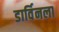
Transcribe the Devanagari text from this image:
डार्विनला